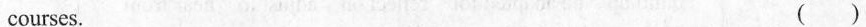
courses. ( )